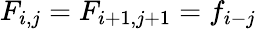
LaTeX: F_{i,j}=F_{i+1,j+1}=f_{i-j}